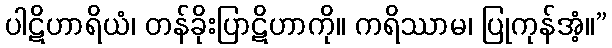
ပါဋိဟာရိယံ၊ တန်ခိုးပြာဋိဟာကို။ ကရိဿာမ၊ ပြုကုန်အံ့။”